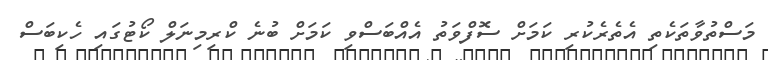
މަސްތުވާތަކެތި އެތެރެކުރި ކަމަށް ސޮފްވަތު އެއްބަސްވި ކަމަށް ބުނެ ކްރިމިނަލް ކޯޓުގައި ހެކިބަސް